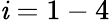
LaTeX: \mathit{i}=1-4